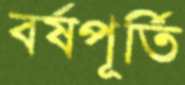
বর্ষপূর্তি